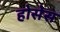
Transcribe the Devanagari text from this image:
होसेस